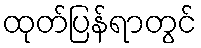
ထုတ်ပြန်ရာတွင်